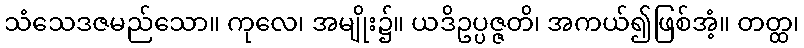
သံသေဒဇမည်သော။ ကုလေ၊ အမျိုး၌။ ယဒိဥပ္ပဇ္ဇတိ၊ အကယ်၍ဖြစ်အံ့။ တတ္ထ၊